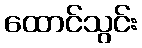
ထောင်သွင်း